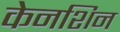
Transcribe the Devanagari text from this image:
केनशिन